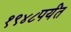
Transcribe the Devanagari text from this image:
१९४८पर्यंत